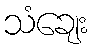
သံချေး